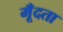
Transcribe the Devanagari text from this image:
मूँदता